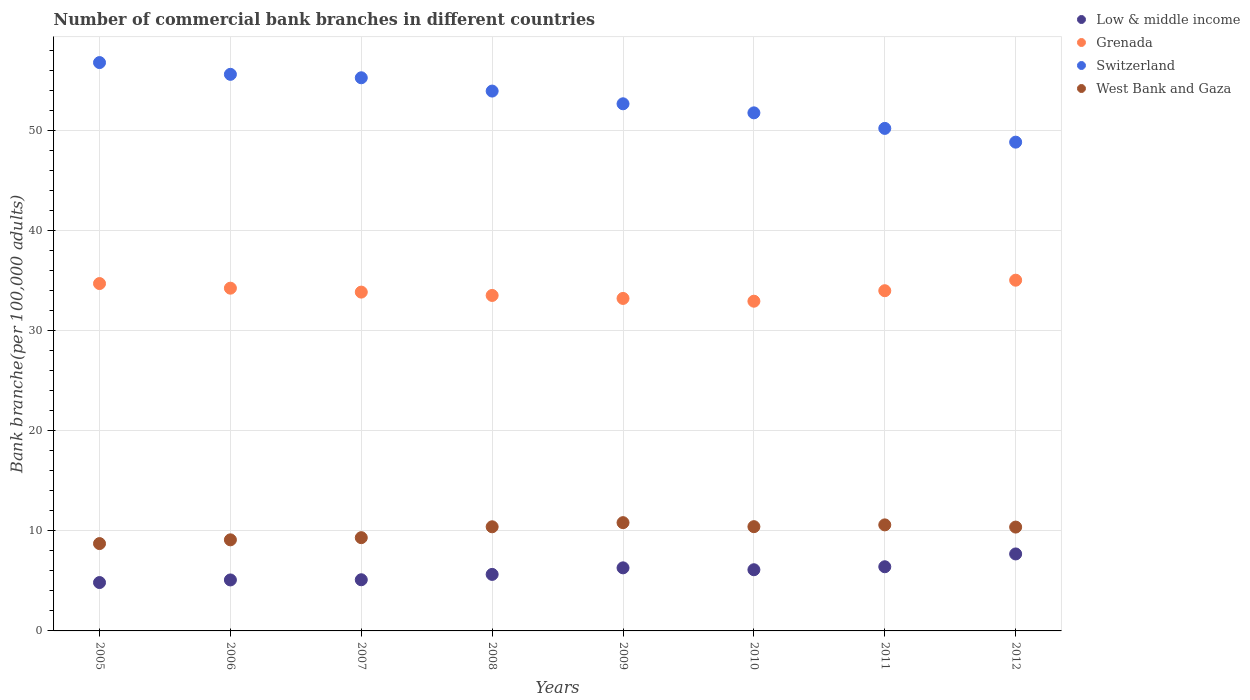
| Years | Low & middle income | Grenada | Switzerland | West Bank and Gaza |
 | --- | --- | --- | --- | --- |
 | 2005 | 4.83 | 34.7 | 56.8 | 8.73 |
 | 2006 | 5.09 | 34.2 | 55.6 | 9.1 |
 | 2007 | 5.11 | 33.9 | 55.3 | 9.32 |
 | 2008 | 5.65 | 33.5 | 53.9 | 10.4 |
 | 2009 | 6.3 | 33.2 | 52.7 | 10.8 |
 | 2010 | 6.11 | 32.9 | 51.8 | 10.4 |
 | 2011 | 6.41 | 34 | 50.2 | 10.6 |
 | 2012 | 7.69 | 35 | 48.8 | 10.4 |